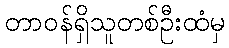
တာဝန်ရှိသူတစ်ဦးထံမှ